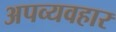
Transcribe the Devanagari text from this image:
अपव्यवहार